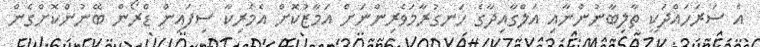
އެ ސަރަހައްދަކީ ތާލިބާނުންނާއި އަލްގާއިދާގެ ހަނގުރާމަވެރިންނަށް އަމާޒުކޮށް އެމެރިކާ ސިފައިން ޑްރޯން ބޭނުންކޮށްގެން